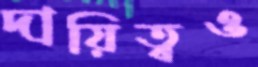
দায়িত্বও